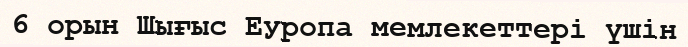
6 орын Шығыс Еуропа мемлекеттері үшін